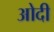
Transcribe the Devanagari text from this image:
ओदी